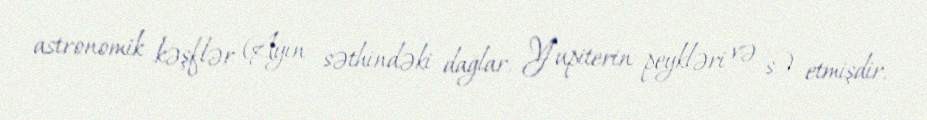
astronomik kəşflər (Ayın səthindəki dağlar, Yupiterin peykləri və s.) etmişdir.